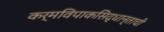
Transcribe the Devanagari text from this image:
कर्मविपाकसिद्धान्ताची